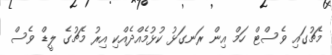
މެޗުގައި ވެސްޓް ހަމް އިން ރަނގަޅު ކުޅުމެއްދެއްކި އިރު މެޗުގެ ލީޑް ވެސް